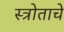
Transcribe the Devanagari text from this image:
स्त्रोताचे